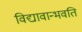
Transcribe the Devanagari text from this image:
विद्यावान्भवति